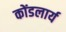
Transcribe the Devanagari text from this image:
कोंडलार्य